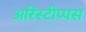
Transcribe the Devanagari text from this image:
अरिस्टीप्पस